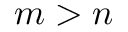
m > n